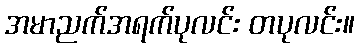
အမာညက်အရက်ပုလင်း တပုလင်း။